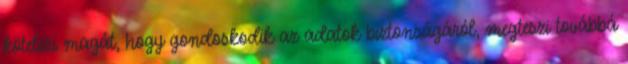
kötelezi magát, hogy gondoskodik az adatok biztonságáról, megteszi továbbá